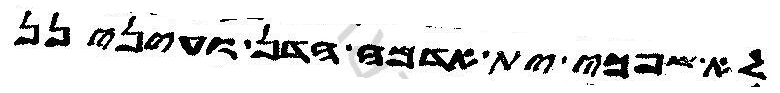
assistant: לאשפכי ית אדמה הדן ועינינן